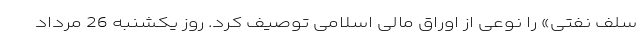
سلف نفتی» را نوعی از اوراق مالی اسلامی توصیف کرد. روز یکشنبه 26 مرداد